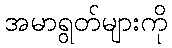
အမာရွတ်များကို